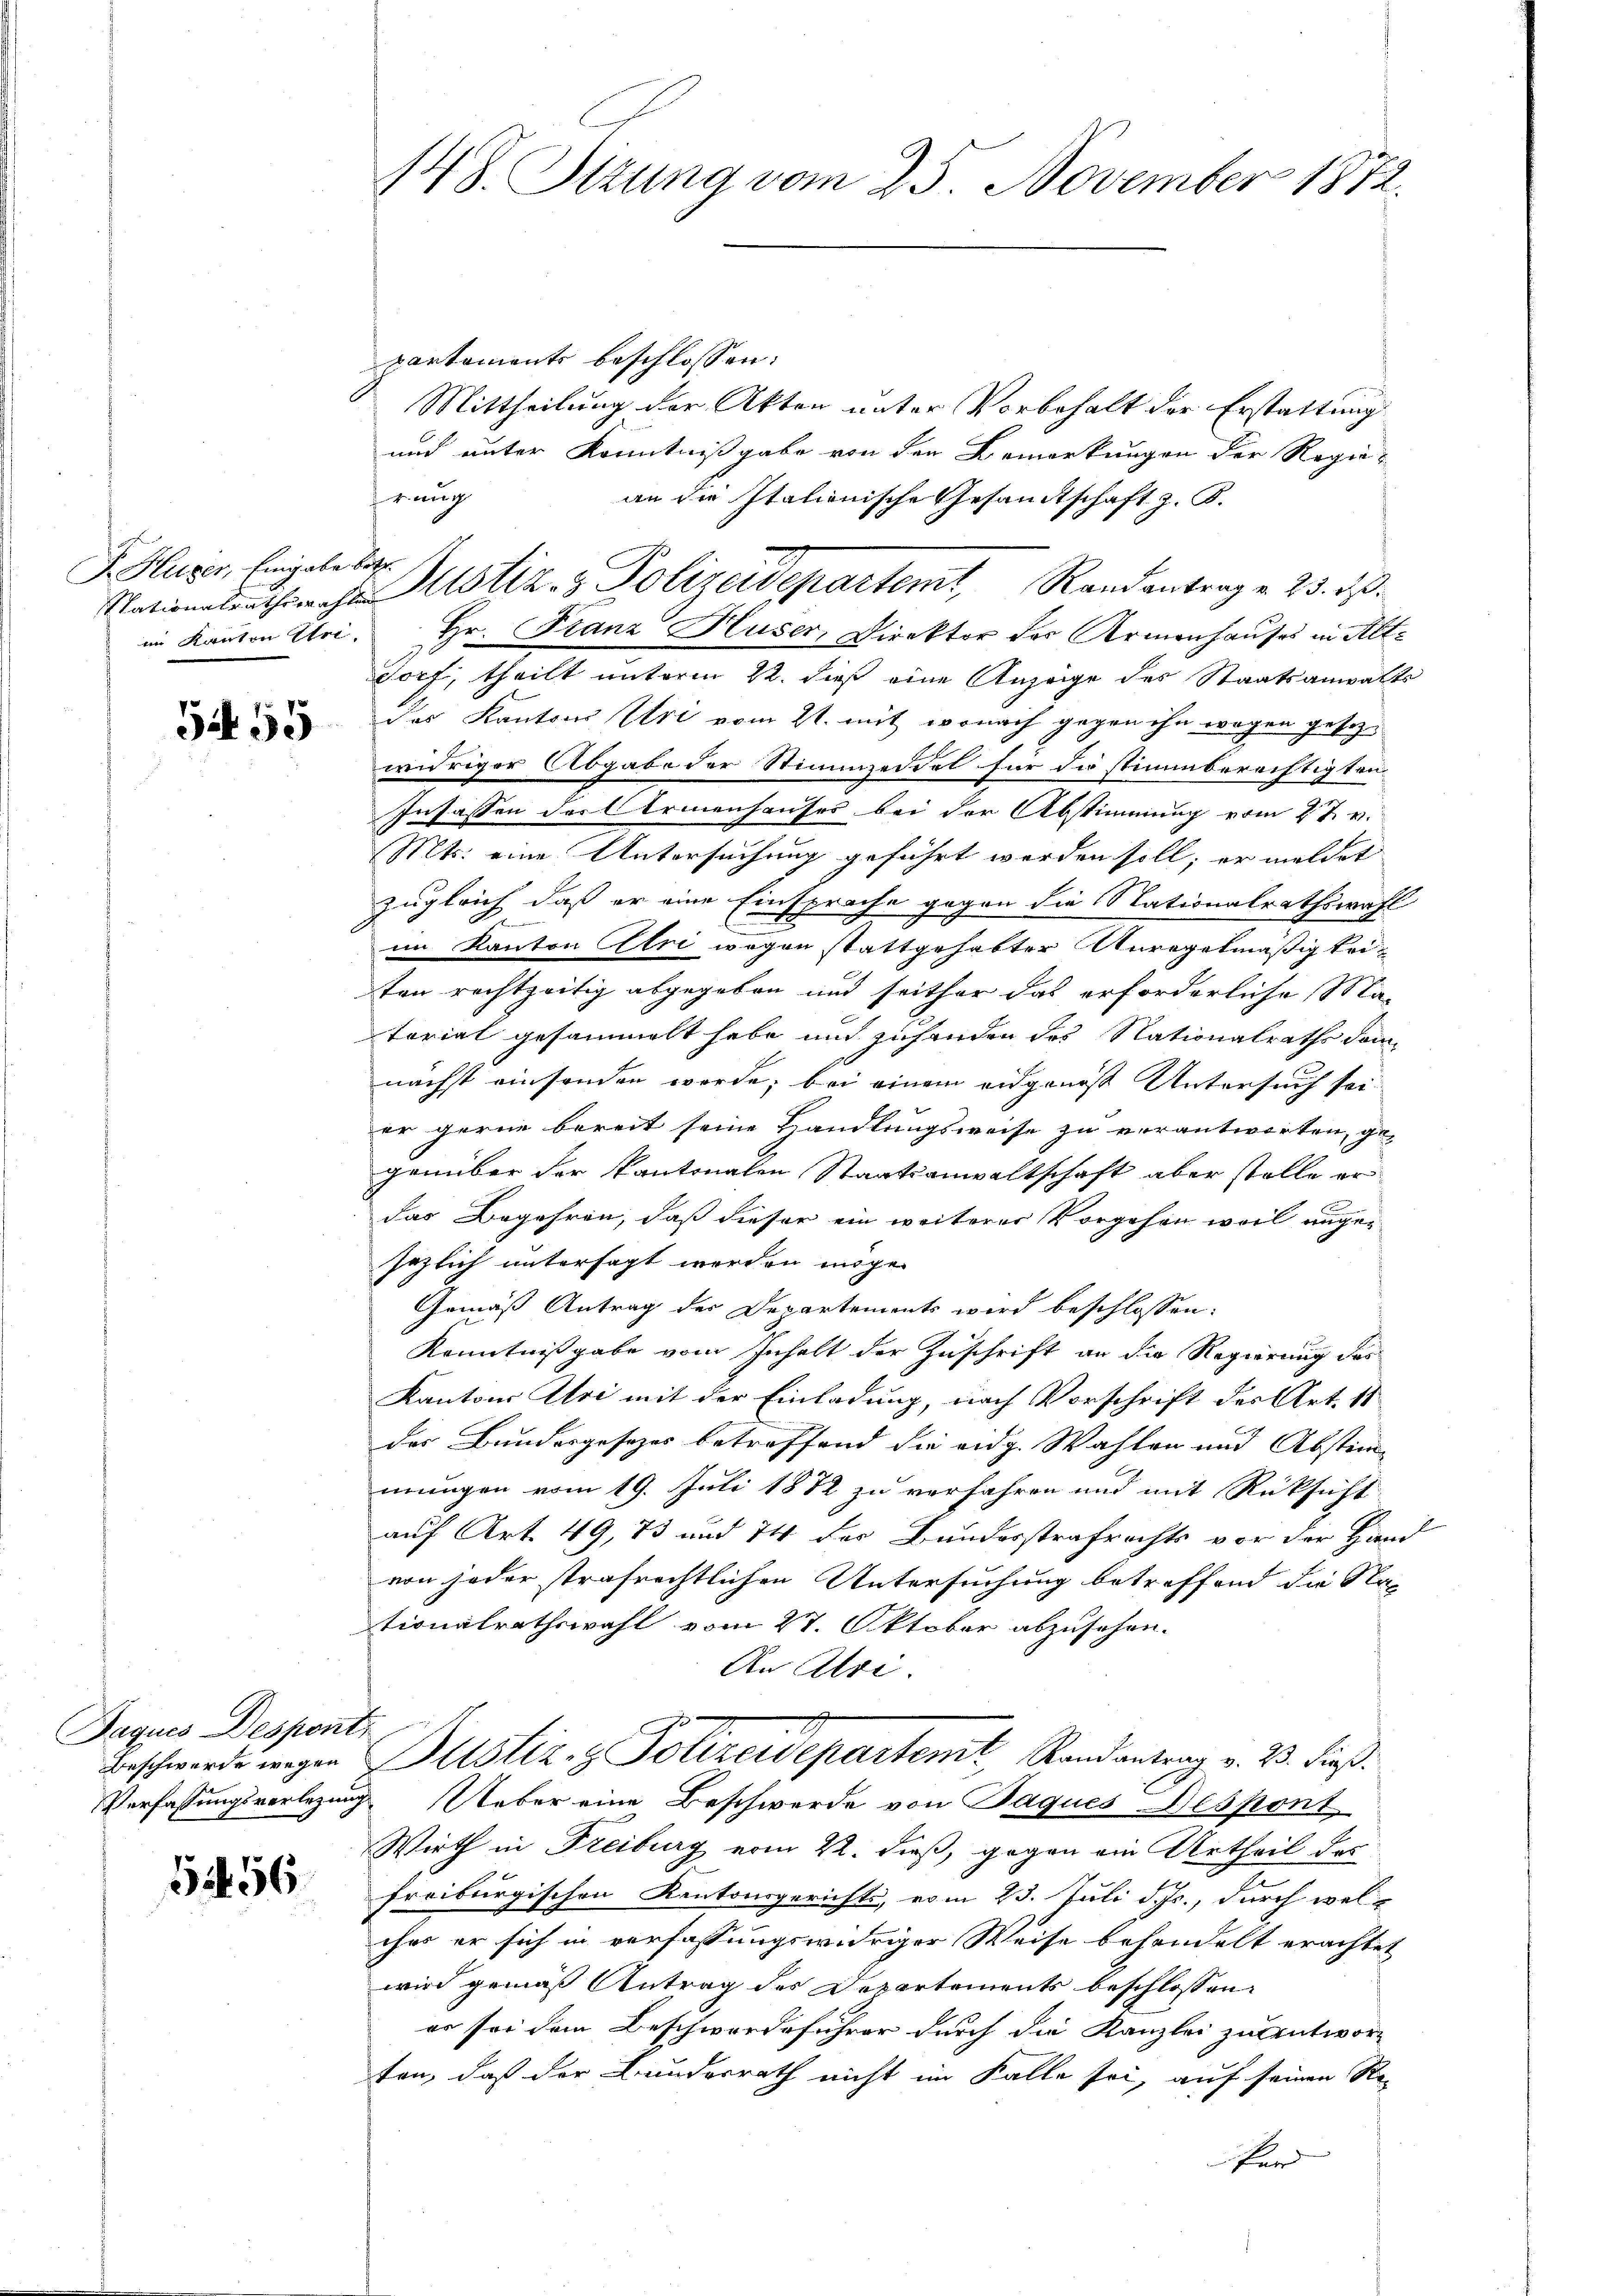
F. Huber, Eingabe betr.

5455

Daques Despont

556.

partements beschlossen:
Mittheilung der Akten unter Vorbehalt der Erstattung
und unter Kenntnißgabe von den Bemerkungen der Regie-
irung
an die Itationische Gesandtschaft z. B.
im Kanton Uri. Hr. Stanz Huser, Direktor des Armenhauses in Alt¬
13x Dorf, theilt unterm 22. dieß eine Anzeige des Staatsanwalts
des Kantons Uri vom 21. mit, wonach gegen ihn wegen gesezwidriger Abgabe der Stimmzeddel für die stimmberechtigten
Insassen der Armenhauses bei der Abstimmung vom 27. v.
Mts. eine Untersuchung geführt werden soll; er meldet
zugleich, daß er eine Einsprache gegen die Stationalrathswahl
im Kanton tri wegen stattgehabter Anregelmäßig keiten rechtzeitig abgegeben und seither das erforderliche Ma-
torial gesammelt habe und zuhanden des Nationalraths dam
nächst einsenden werde; bei einem eidgenoß Untersuch seier gerne bereit seine Handlungsweise zu verantworten, ge-
genüber der kantonalen Staatsanwaltschaft aber stelle er
das Begehren, daß dieser ein weiterer Vorgehen weil angesezlich untersagt werden möge.
Gemäß Antrag der Departements wird beschlossen:
Kenntnißgabe vom Inhalt der Zuschrift an die Regierung des
Kantons Uri mit der Einladung, nach Vorschrift der Art. 11
der Bundesgesetzes betreffend die eidg. Wahlen und Abstim-
mungen vom 19. Juli 1882 zu verfahren und mit Rücksicht
auf Art. 49, 73 und 74 des Bundesstrafrechts vor der Hand
von jeder strafrechtlichen Untersuchung betreffend die Na-
tionalrathswahl vom 27. Oktober abzusehen.
An Alte.
m
Beschwerde wegen Altstiz- & Polizeidepartemt, Randantrag v. 23. dieß.
Verfassungsverlezing. Ueber eine Beschwerde von Paques Despont
Wirth in Freiburg vom 22. dieß, gegen ein Urtheil des
freiburgischen Kantonsgerichts, vom 23. Juli d. Js., durch welches er sich in verfassungswidriger Weise behandelt erachtet
wird gemäß Antrag des Departements beschlossen:
er sei dem Beschwerdeführer durch die Kanzlei zu antworten, daß der Bundesrath nicht im Falle sei, auf seinen Ste-
Pard

148. Sizung vom 25. November 1872.

Nationalentharche Astiz- & Polizeidepartemt, Randantrag v. 23. d.